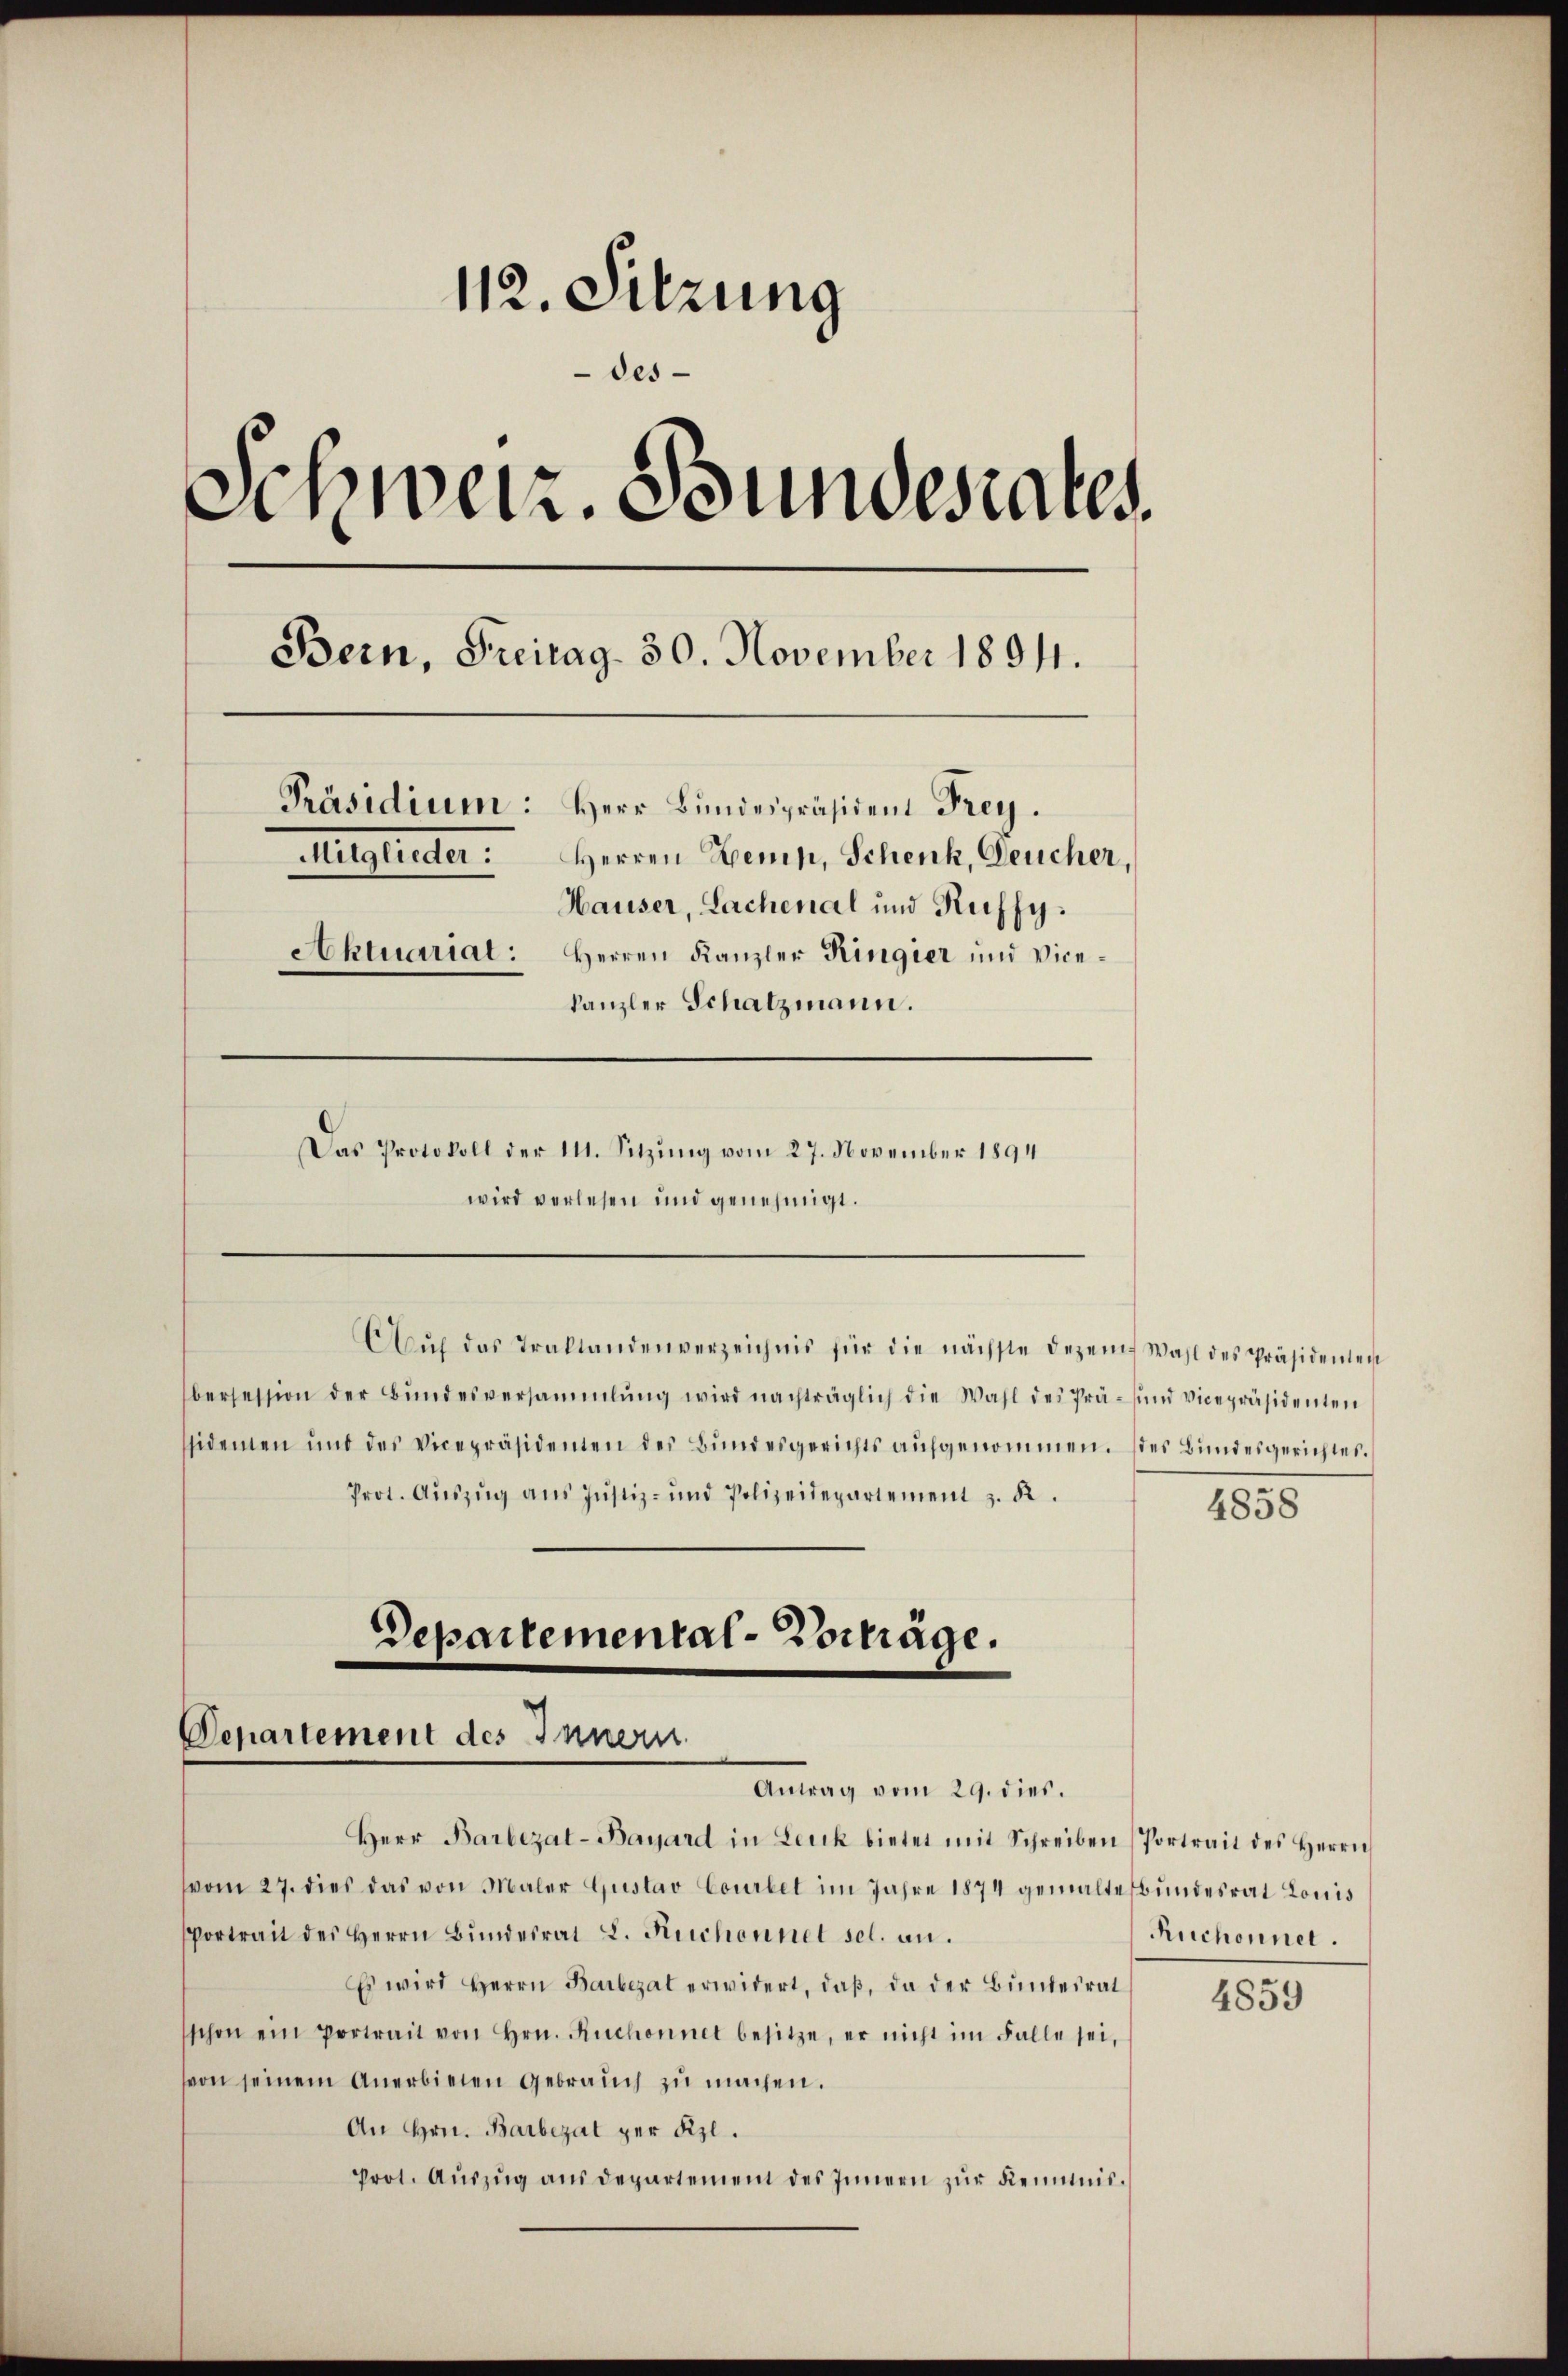
112. Sitzung
des
Schweiz. Bundesrates
Bern, Freitag- 30. November 1894.
Präsidium: Herr Bundespräsident Frey.
Mitglieder: Herren Gemp, Schenk, Deucher,
Hauser, Lachenal und Kuffy.
Aktuariat: Herren Kanzler Kingier und Vice-
kanzler Schatzmann.
Das Protokoll der 111. Sitzŭng vom 27. November 1894

Aŭf das Traktandenverzeichnis für die nächste Dezem Wahl des Präsidenten

wird verlesen und genehmigt.

bersession der Bŭndesversammlung wird nachträglich die Wahl des Prä- und vicepräsidenten
ssidenen und des Vicepräsidenten des Bundesgerichts aŭfgenommen. Dies Bundesgerichtes.
Prot. Aŭszŭg ans Justiz- und Polizeidepartement z. B.
4858

Departemental-Vorträge.
Departement des Innern
Antrag vom 29. dies.

Herr Barbezat-Bayard in Leuk bietet mit Schreiben (Portrait des Herrn
vom 27. dies das von Maler Gustav Courtet im Jahre 1874 gemaltesbŭndesrat Louis
Vortrait des Herrn Bundesrat L. Fichonnet sel. an.
Es wird Herrn Barbezat erwidert, daβ, da der Bundesrat
schon ein Portrait von Hrn. Ruchonnet besitze, er nicht im Falle sei,
von seinem Anerbieten Gebrauch zu machen.
An Hrn. Barbezat per Szl.
prot. Aŭszŭg aŭs departement des Innern zur Kenntnis¬

Ruchonnel.

4859